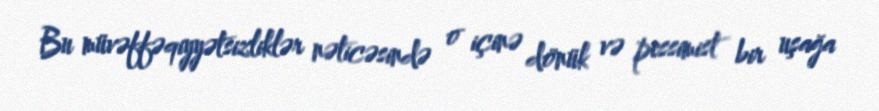
Bu müvəffəqiyyətsizliklər nəticəsində o içinə dönük və pessimist bir uşağa